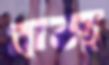
প্লান